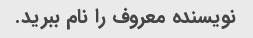
نویسنده معروف را نام ببرید.